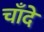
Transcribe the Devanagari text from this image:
चाँदे